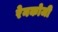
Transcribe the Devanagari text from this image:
रेनकोजी